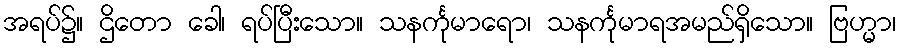
အရပ်၌။ ဌိတော ခေါ၊ ရပ်ပြီးသော။ သနင်္ကုမာရော၊ သနင်္ကုမာရအမည်ရှိသော။ ဗြဟ္မာ၊